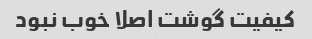
کیفیت گوشت اصلا خوب نبود